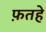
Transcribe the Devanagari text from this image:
फ़तहे